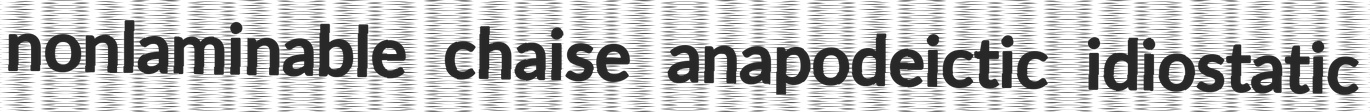
nonlaminable chaise anapodeictic idiostatic